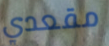
مقعدي